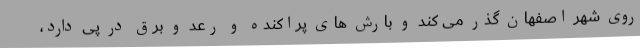
روی شهر اصفهان گذر می کند و بارش های پراکنده و رعد و برق در پی دارد،